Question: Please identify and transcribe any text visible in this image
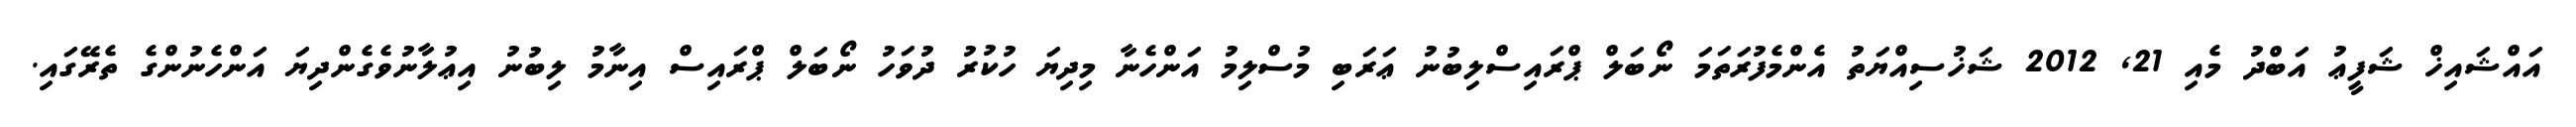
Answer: އައްޝައިޚް ޝަފީޢު އަބްދު މެއި 21, 2012 ޝަޚުސިއްޔަތު އެންމެފުރަތަމަ ނޯބަލް ޕްރައިސްލިބުނު ޢަރަބި މުސްލިމު އަންހެނާ މިދިޔަ ހުކުރު ދުވަހު ނޯބަލް ޕްރައިސް އިނާމު ލިބުނު އިޢުލާނުވެގެންދިޔަ އަންހެނުންގެ ތެރޭގައި.